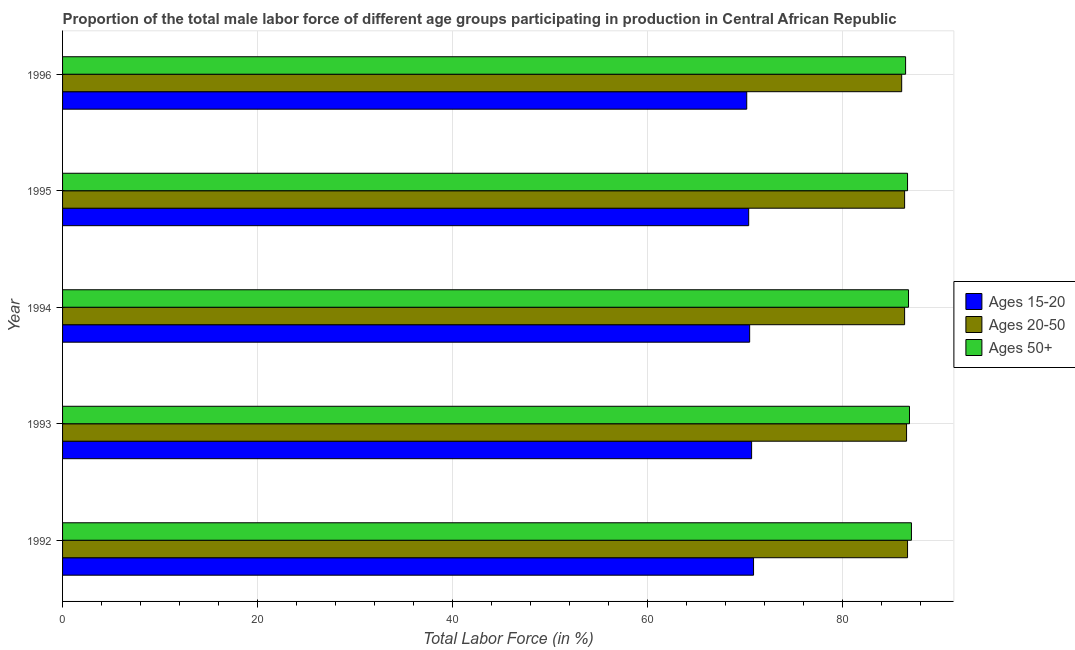
| Year | Ages 15-20 | Ages 20-50 | Ages 50+ |
 | --- | --- | --- | --- |
 | 1992 | 70.9 | 86.7 | 87.1 |
 | 1993 | 70.7 | 86.6 | 86.9 |
 | 1994 | 70.5 | 86.4 | 86.8 |
 | 1995 | 70.4 | 86.4 | 86.7 |
 | 1996 | 70.2 | 86.1 | 86.5 |